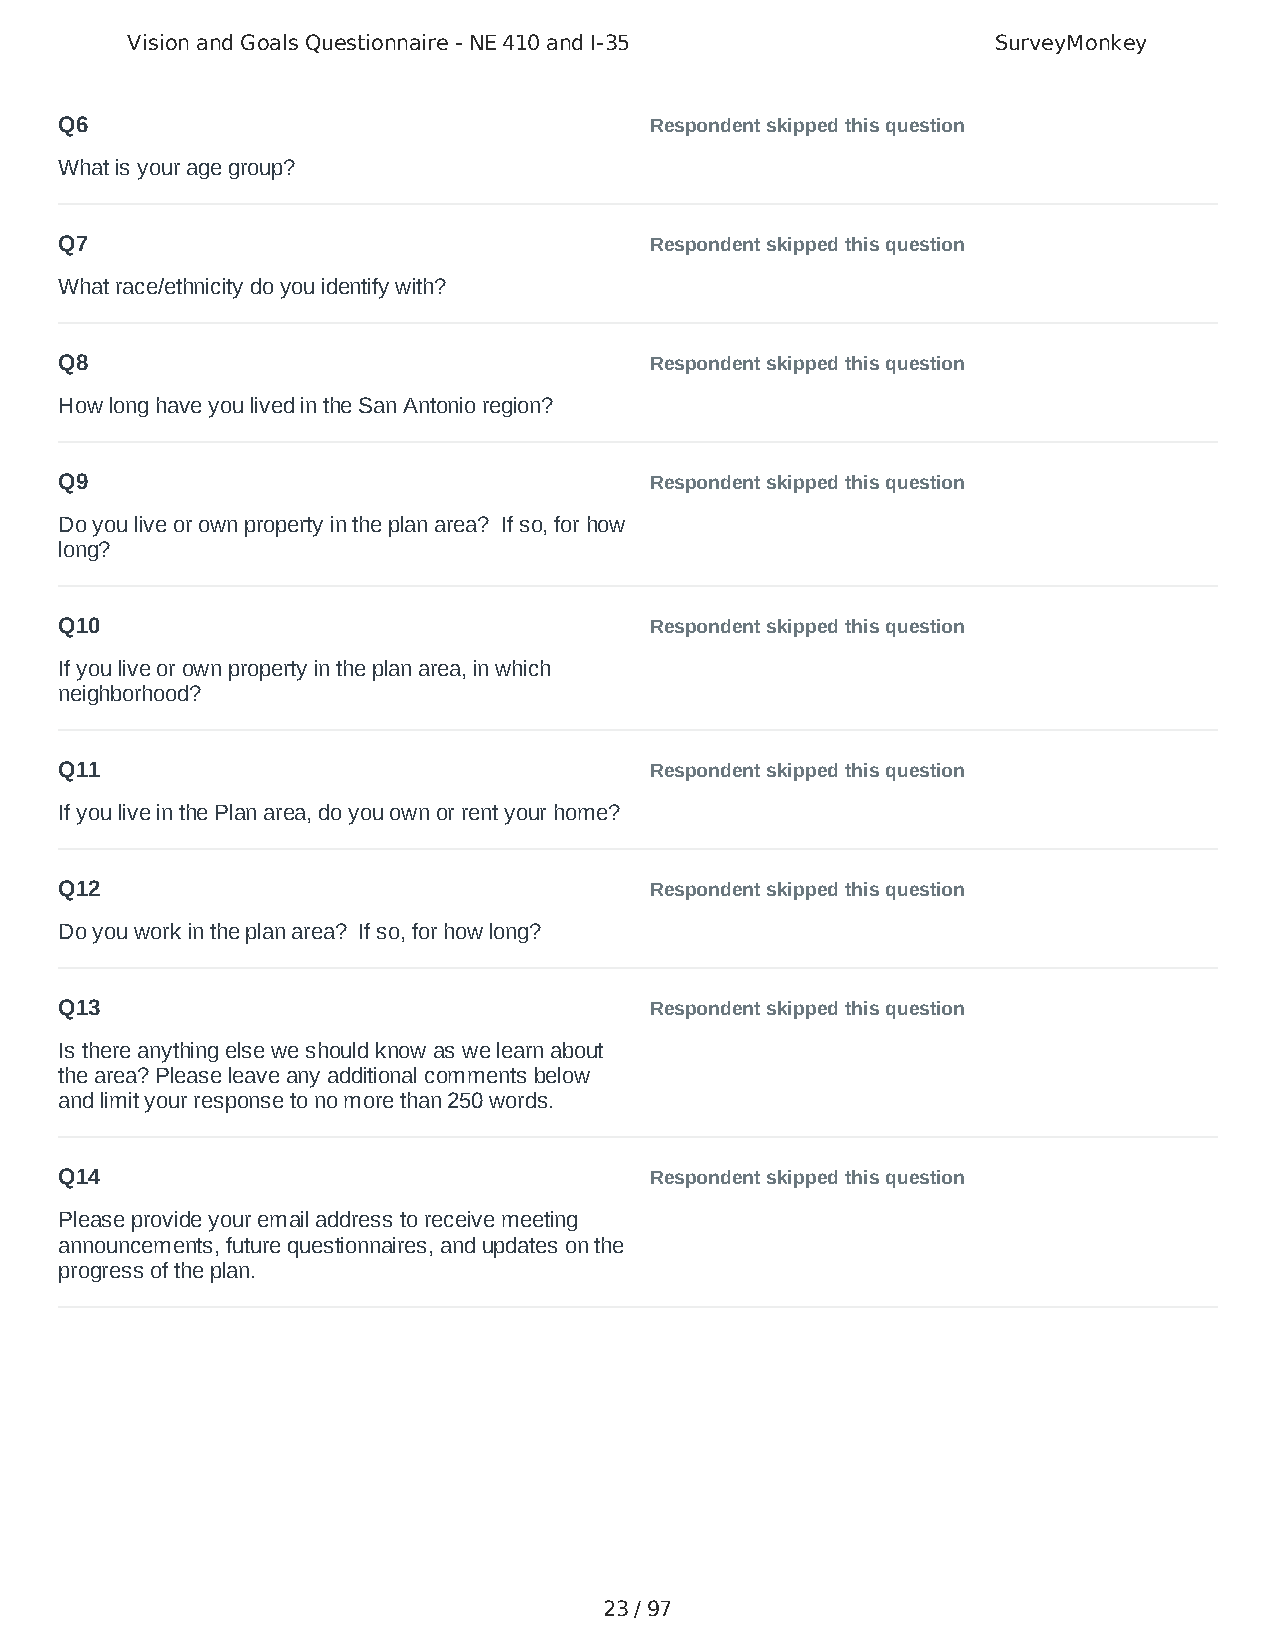
Vision and Goals Questionnaire - NE 410 and I-35          SurveyMonkey
 Q6                                     Respondent skipped this question
 What is your age group?
 Q7                                     Respondent skipped this question
 What race/ethnicity do you identify with?
 Q8                                     Respondent skipped this question
 How long have you lived in the San Antonio region?
 Q9                                     Respondent skipped this question
 Do you live or own property in the plan area? If so, for how
 long?
 Q10                                    Respondent skipped this question
 If you live or own property in the plan area, in which
 neighborhood?
 Q11                                    Respondent skipped this question
 If you live in the Plan area, do you own or rent your home?
 Q12                                    Respondent skipped this question
 Do you work in the plan area? If so, for how long?
 Q13                                    Respondent skipped this question
 Is there anything else we should know as we learn about
 the area? Please leave any additional comments below
 and limit your response to no more than 250 words.
 Q14                                    Respondent skipped this question
 Please provide your email address to receive meeting
 announcements, future questionnaires, and updates on the
 progress of the plan.
 23 / 97